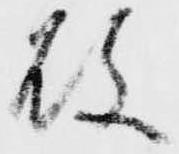
故